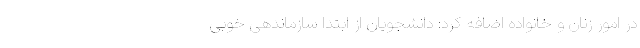
در امور زنان و خانواده اضافه کرد: دانشجویان از ابتدا سازماندهی خوبی